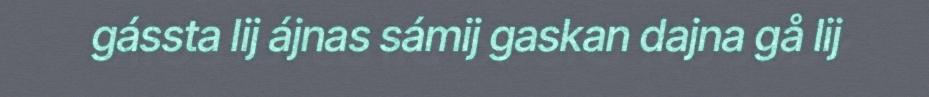
gássta lij ájnas sámij gaskan dajna gå lij